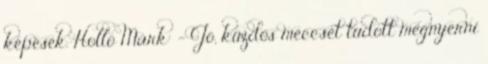
képesek. Holló Márk: – Jó, küzdős meccset tudott megnyerni